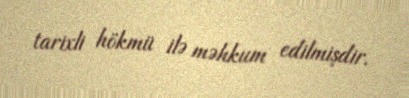
tarixli hökmü ilə məhkum edilmişdir.